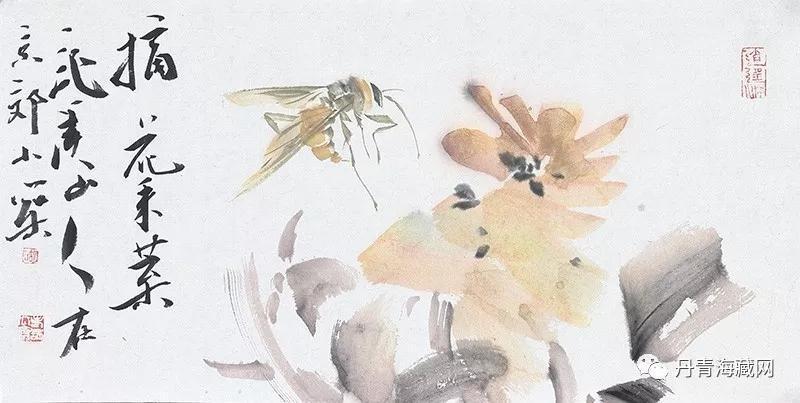
言者所以在意，得意而忘言。